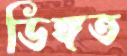
ডিঙ্গত